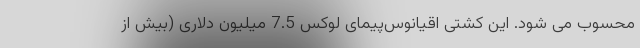
محسوب می شود. این کشتی اقیانوس‌پیمای لوکس 7.5 میلیون دلاری (بیش از